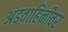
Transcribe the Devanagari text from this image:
अंडवाहिनीवर